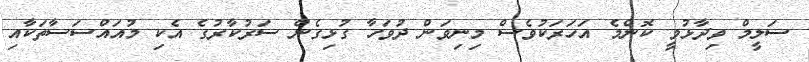
ސަލީމް ވިދާޅުވީ ކޮންމެ އަހަރަކުވެސް މިނިވަން ދުވަހާ ގުޅިގެން ސަރުކާރުގެ އެކި މުއައްސަސާތަކާއި